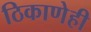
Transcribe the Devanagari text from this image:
ठिकाणेही